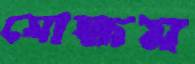
মোক্ষম